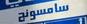
سامسونج